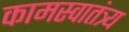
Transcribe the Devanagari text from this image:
कामस्वातंत्र्य